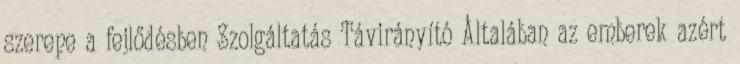
szerepe a fejlődésben Szolgáltatás Távirányító Általában az emberek azért